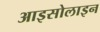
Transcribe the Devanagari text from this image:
आइसोलाइन